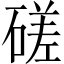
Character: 磋